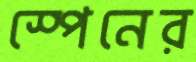
স্পেনের